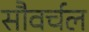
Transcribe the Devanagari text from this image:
सौवर्चल